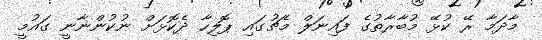
މާދަމާ ރޭ ކުޅޭ މުބާރާތުގެ ފައިނަލް މެޗުގައި ޕޮލިހާ ދެކޮޅަށް ނުކުންނާނީ ގައުމީ